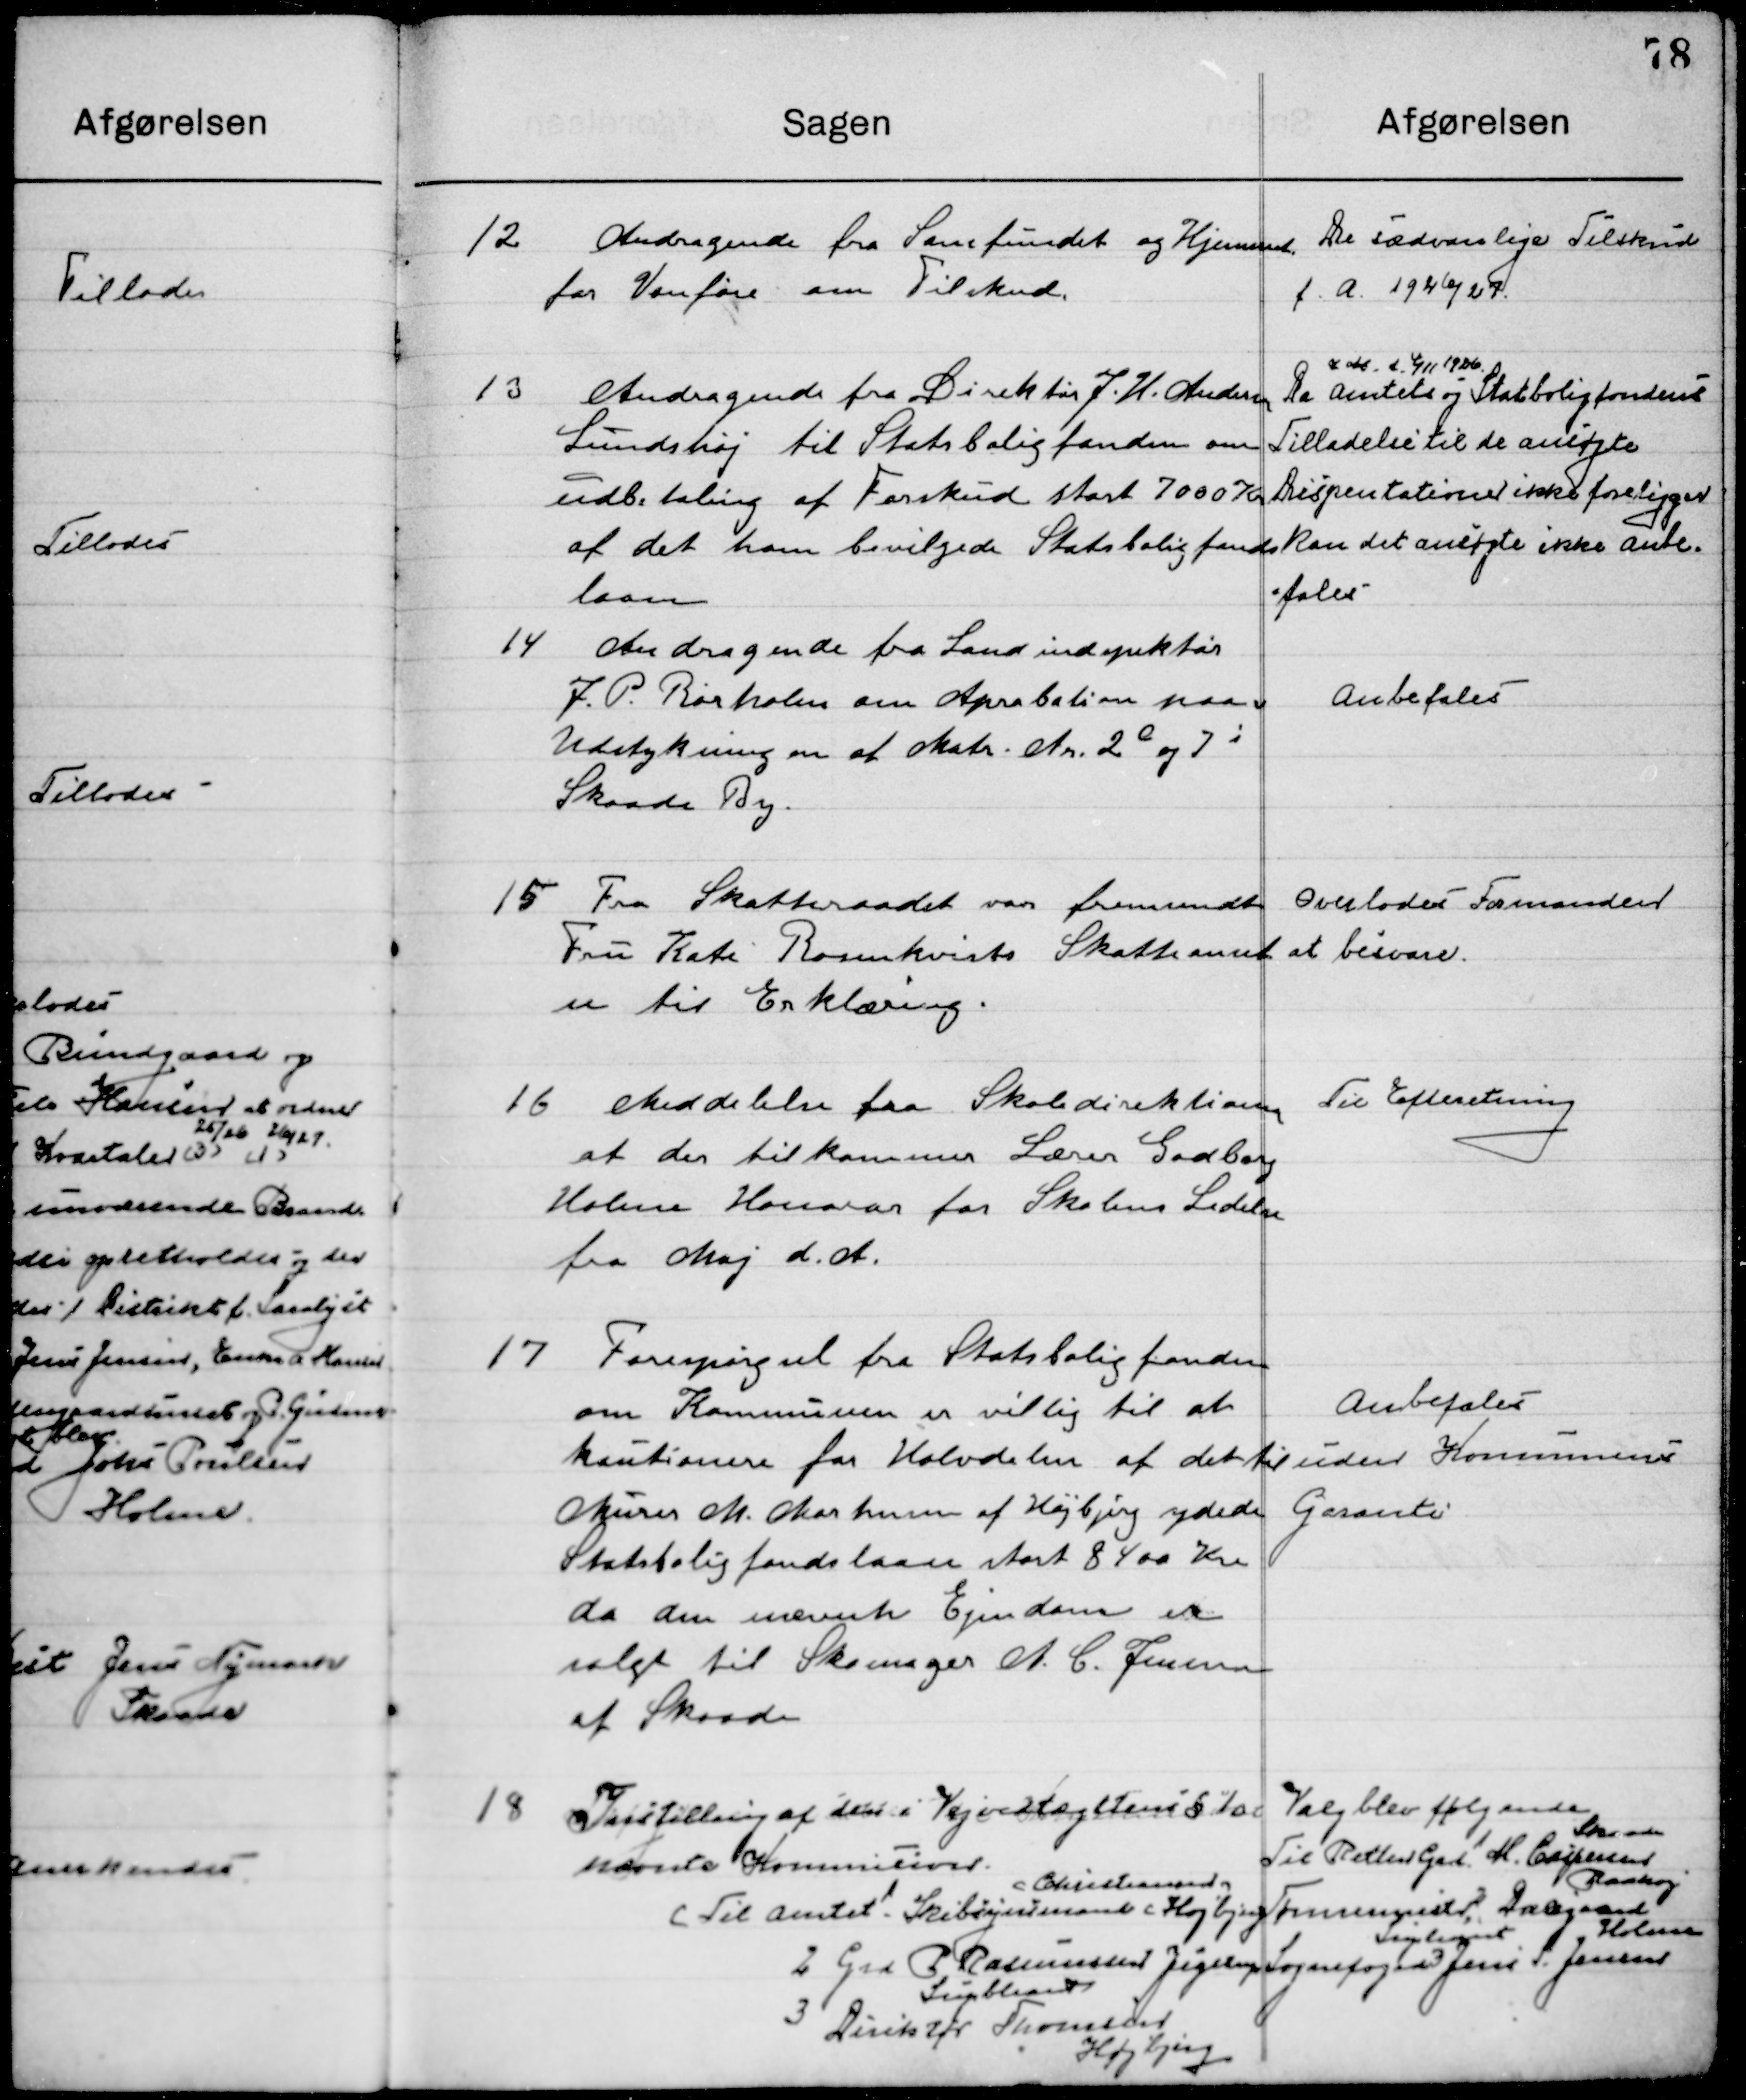
Transskription:
12

Andragende fra Samfundet og Hjemmet
for Vanføre om Tilskud

De sædvanlige Tilskud
f. a. 1926/27

13

Andragende fra Direktør J. H. Andersen
Lundshøj til Statsboligfonden om
Udbetaling af Forskud stort 7000 Kr.
af det ham bevilgede Statsboligfonds-
Laan.

I Okt. d. 4/11 1926
Da Amtets og Statsboligfonden
Tilladelse til de ansøgte
Dispensationer ikke foreligger
Kan det ansøgte ikke Anbe-
fales.

14

Andragende fra Landinspektør
J. P. Rørholm om Approbation paa
Udstykning om at Matr. nr. 2 c og 7 i
Skaade By.

Anbefales

15

Fra Skatteraadet var fremsendt
Fru Kate Rosenkvist Skatteamt
en til Erklæring.

Overlodes Formanden
at besvare

16

Meddelelse fra Skoledirektion 
at der tilkommer Lærer Gadborg
Holme honorar for Skolens Ledelse
Fra Maj d. A.

Til Efterretning

17

Forespørgsels fra Statsboligfonden
om Kommunen er villig til at
kautionere for Halvdelen af det til
Murer M. Carstensen af Højbjerg ydede
Statsboligfondslaan stort 8400 Kr. 
da den nævnte Ejendom er 
solgt til Skomager A. C. Jensen 
af Skaade

Anbefales
Uden Kommunens
Garanti

18

Indstilling af den i Vejvedtægtens § 10 e
nævnte Kommission.

Til Amtet. Skibygningsmand Højbjerg
2 Grd. P. Rasmussen 
Jegstrup
3. Direktør Thomsen 
Højbjerg

Valgt blev følgende
Til Retler Grd. M. Caspersen 
Skaade
Tømmermester, Dalgaard 
Raahøj
Suppleant  
Sognefoged Jens Jensen 
Holme